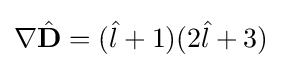
\mathbf {\nabla } {\hat {\mathbf {D} }}=({\hat {l}}+1)(2{\hat {l}}+3)